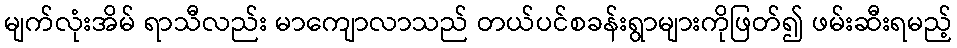
မျက်လုံးအိမ် ရာသီလည်း မာကျောလာသည် တယ်ပင်စခန်းရွာများကိုဖြတ်၍ ဖမ်းဆီးရမည့်